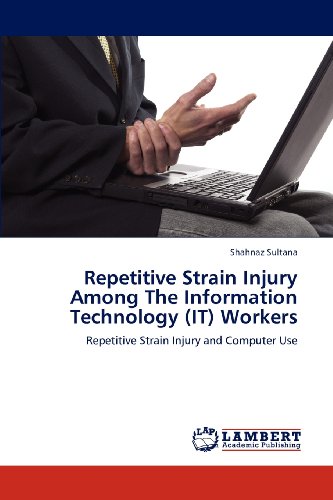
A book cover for Repetitive Strain Injury Among The Information Technology (IT) Workers: Repetitive Strain Injury and Computer Use; Shahnaz Sultana; Health, Fitness & Dieting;